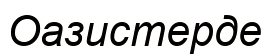
Оазистерде